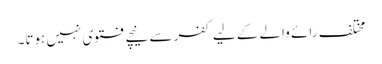
مختلف رائے والے کے لیے کفر سے نیچے فتوی نہیں ہوتا۔